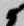
候